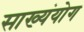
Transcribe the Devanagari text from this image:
साख्यंयोग